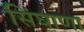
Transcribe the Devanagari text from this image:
सिंघाणा